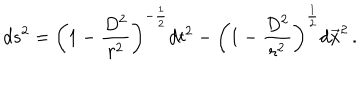
d s ^ { 2 } = \left( 1 - \frac { D ^ { 2 } } { r ^ { 2 } } \right) ^ { - \frac { 1 } { 2 } } d t ^ { 2 } - \left( 1 - \frac { D ^ { 2 } } { r ^ { 2 } } \right) ^ { \frac { 1 } { 2 } } d \vec { x } ^ { 2 } \, .